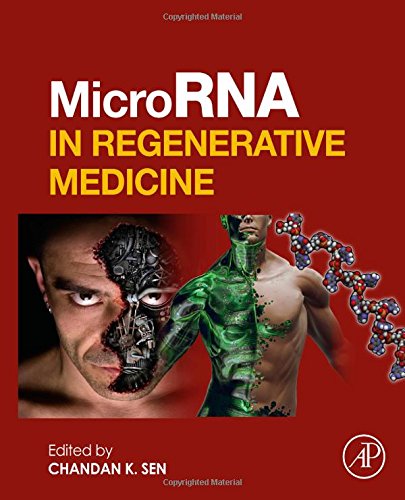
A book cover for MicroRNA in Regenerative Medicine; Science & Math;